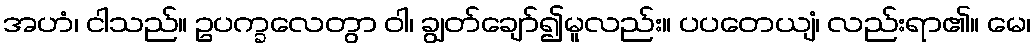
အဟံ၊ ငါသည်။ ဥပက္ခလေတွာ ဝါ၊ ချွတ်ချော်၍မူလည်း။ ပပတေယျံ၊ လည်းရာ၏။ မေ၊